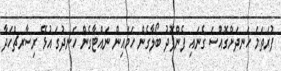
ފުރަތަމަ ހަނދަށްގޮއްސަ ގެނައި ފެންފޮދު ބޯލާގެން ހަމައިން ނައްޓާގެން ހަނދުގަ އުޅޭ ރިސާރޗްހަދާ